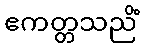
ဧကတ္တသညိံ